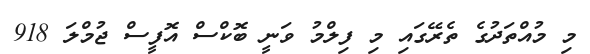
މި މުއްތަދުގެ ތެރޭގައި މި ފިލްމު ވަނީ ބޮކްސް އޮފީސް ޖުމްލަ 918